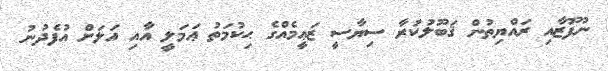
ނުފޫޒާއި ރައްޔިތުން ޤަބޫލުކުރާ ސިޔާސީ ޒަޢީމެއްގެ ޙިކުމަތު ޢަމަލީ އާއި އަލަށް އުފެދުނު